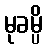
မုခမ္ပိ